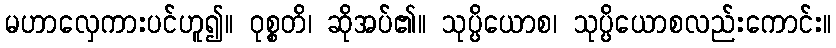
မဟာလှေကားပင်ဟူ၍။ ဝုစ္စတိ၊ ဆိုအပ်၏။ သုပ္ပိယောစ၊ သုပ္ပိယောစလည်းကောင်း။